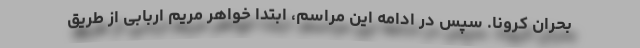
بحران کرونا. سپس در ادامه این مراسم، ابتدا خواهر مریم اربابی از طریق